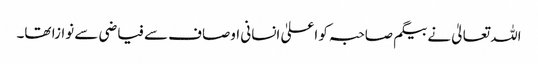
اللہ تعالیٰ نے بیگم صاحبہ کو اعلیٰ انسانی اوصاف سے فیاضی سے نوازا تھا۔